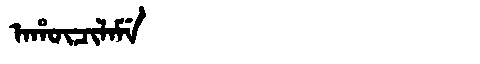
Manchu: ᠠᡥᡡᠴᡳᠯᠠᠮᡝ
Romanization: AHŪCILAME